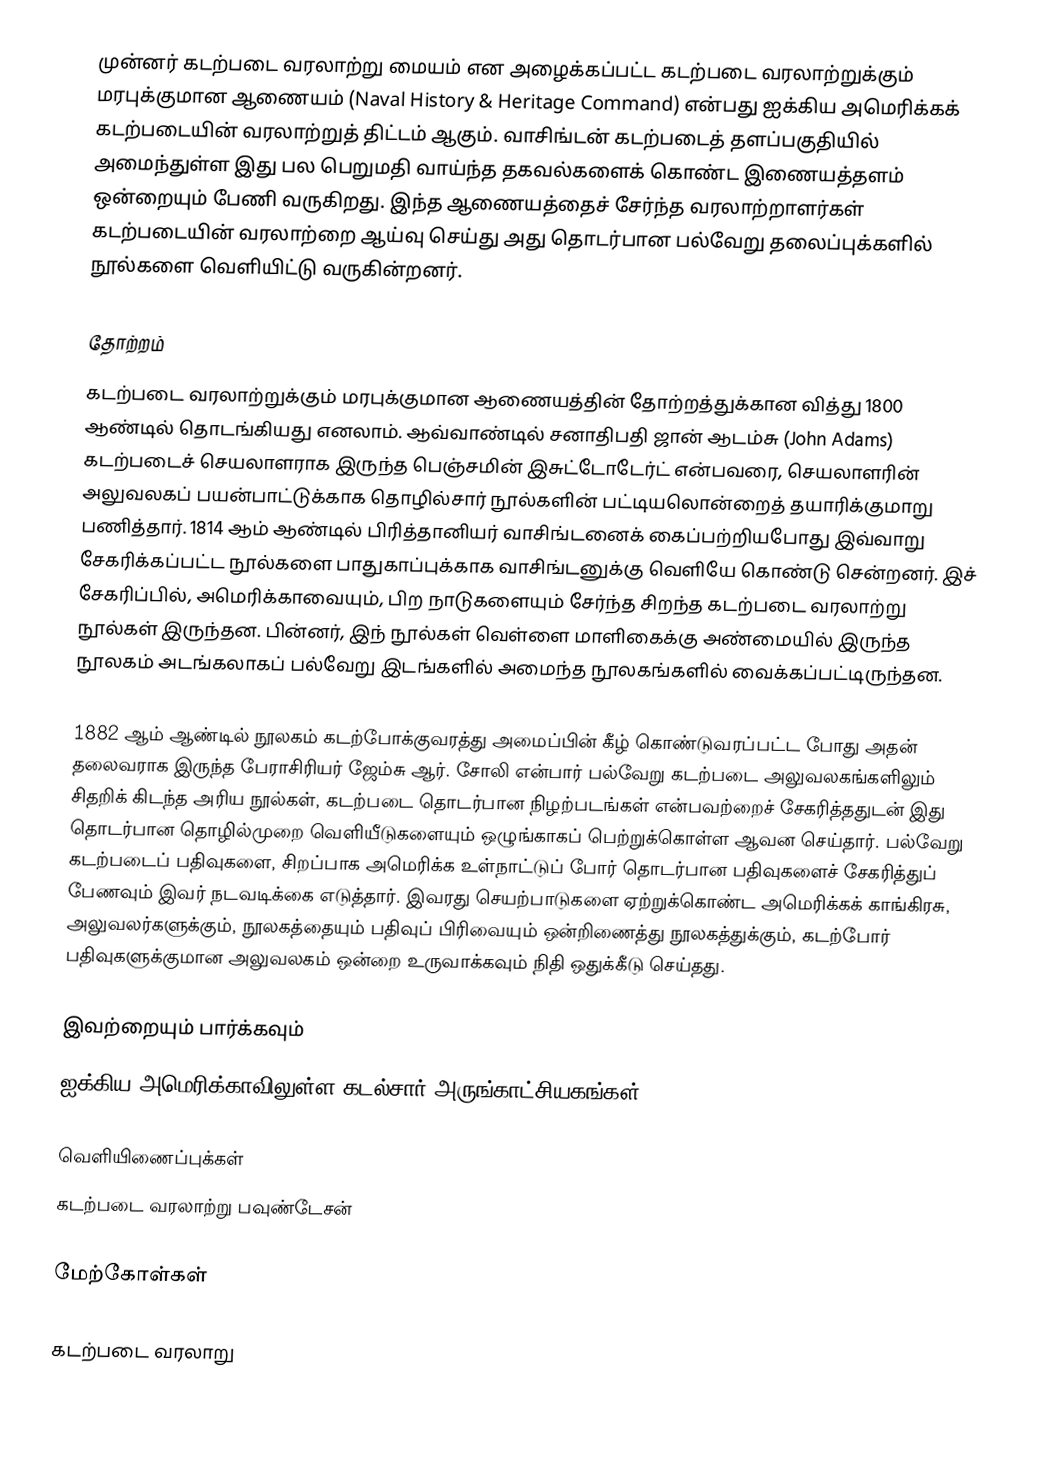
முன்னர் கடற்படை வரலாற்று மையம் என அழைக்கப்பட்ட கடற்படை வரலாற்றுக்கும் மரபுக்குமான ஆணையம் (Naval History & Heritage Command) என்பது ஐக்கிய அமெரிக்கக் கடற்படையின் வரலாற்றுத் திட்டம் ஆகும். வாசிங்டன் கடற்படைத் தளப்பகுதியில் அமைந்துள்ள இது பல பெறுமதி வாய்ந்த தகவல்களைக் கொண்ட இணையத்தளம் ஒன்றையும் பேணி வருகிறது. இந்த ஆணையத்தைச் சேர்ந்த வரலாற்றாளர்கள் கடற்படையின் வரலாற்றை ஆய்வு செய்து அது தொடர்பான பல்வேறு தலைப்புக்களில் நூல்களை வெளியிட்டு வருகின்றனர்.

தோற்றம்
கடற்படை வரலாற்றுக்கும் மரபுக்குமான ஆணையத்தின் தோற்றத்துக்கான வித்து 1800 ஆண்டில் தொடங்கியது எனலாம். ஆவ்வாண்டில் சனாதிபதி ஜான் ஆடம்சு (John Adams) கடற்படைச் செயலாளராக இருந்த பெஞ்சமின் இசுட்டோடேர்ட் என்பவரை, செயலாளரின் அலுவலகப் பயன்பாட்டுக்காக தொழில்சார் நூல்களின் பட்டியலொன்றைத் தயாரிக்குமாறு பணித்தார். 1814 ஆம் ஆண்டில் பிரித்தானியர் வாசிங்டனைக் கைப்பற்றியபோது இவ்வாறு சேகரிக்கப்பட்ட நூல்களை பாதுகாப்புக்காக வாசிங்டனுக்கு வெளியே கொண்டு சென்றனர். இச் சேகரிப்பில், அமெரிக்காவையும், பிற நாடுகளையும் சேர்ந்த சிறந்த கடற்படை வரலாற்று நூல்கள் இருந்தன. பின்னர், இந் நூல்கள் வெள்ளை மாளிகைக்கு அண்மையில் இருந்த நூலகம் அடங்கலாகப் பல்வேறு இடங்களில் அமைந்த நூலகங்களில் வைக்கப்பட்டிருந்தன.

1882 ஆம் ஆண்டில் நூலகம் கடற்போக்குவரத்து அமைப்பின் கீழ் கொண்டுவரப்பட்ட போது அதன் தலைவராக இருந்த பேராசிரியர் ஜேம்சு ஆர். சோலி என்பார் பல்வேறு கடற்படை அலுவலகங்களிலும் சிதறிக் கிடந்த அரிய நூல்கள், கடற்படை தொடர்பான நிழற்படங்கள் என்பவற்றைச் சேகரித்ததுடன் இது தொடர்பான தொழில்முறை வெளியீடுகளையும் ஒழுங்காகப் பெற்றுக்கொள்ள ஆவன செய்தார். பல்வேறு கடற்படைப் பதிவுகளை, சிறப்பாக அமெரிக்க உள்நாட்டுப் போர் தொடர்பான பதிவுகளைச் சேகரித்துப் பேணவும் இவர் நடவடிக்கை எடுத்தார். இவரது செயற்பாடுகளை ஏற்றுக்கொண்ட அமெரிக்கக் காங்கிரசு, அலுவலர்களுக்கும், நூலகத்தையும் பதிவுப் பிரிவையும் ஒன்றிணைத்து நூலகத்துக்கும், கடற்போர் பதிவுகளுக்குமான அலுவலகம் ஒன்றை உருவாக்கவும் நிதி ஒதுக்கீடு செய்தது.

இவற்றையும் பார்க்கவும்
 ஐக்கிய அமெரிக்காவிலுள்ள கடல்சார் அருங்காட்சியகங்கள்

வெளியிணைப்புக்கள்
 கடற்படை வரலாற்று பவுண்டேசன்

மேற்கோள்கள்

கடற்படை வரலாறு